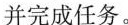
并完成任务。